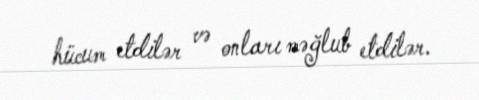
hücum etdilər və onları məğlub etdilər.